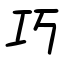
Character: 巧